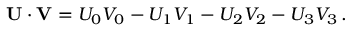
\mathbf { U } \cdot \mathbf { V } = U _ { 0 } V _ { 0 } - U _ { 1 } V _ { 1 } - U _ { 2 } V _ { 2 } - U _ { 3 } V _ { 3 } \, .